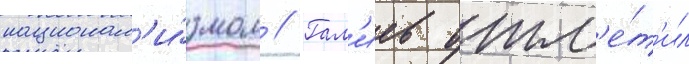
национал'и́змом // Гал'иев отм'е́т'ил